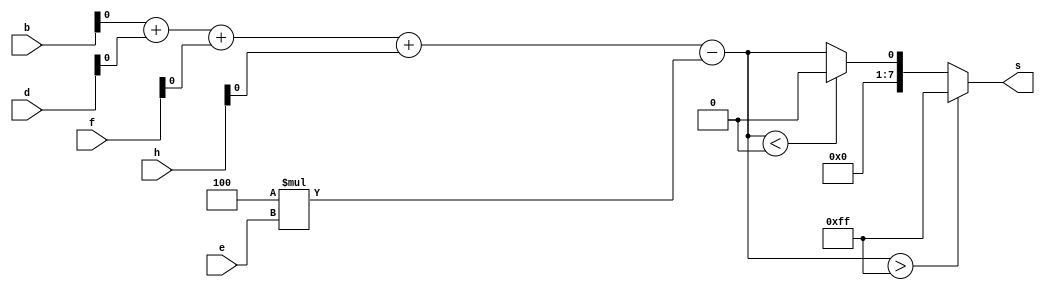
module laplace4 (
	input [7:0] b,
	input [7:0] d,
	input [7:0] e,
	input [7:0] f,
	input [7:0] h,
	output [7:0] s
);
	wire laplace;

	assign laplace = (b + d + f + h) - (4*e);
	// b + d -> 9 b
	// f + h -> 9 b
	assign s = (laplace > 255) ? 255 : (laplace < 0) ? 0 : laplace;
endmodule